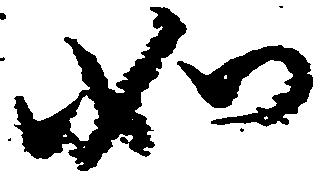
如